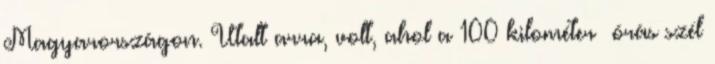
Magyarországon. Utalt arra, volt, ahol a 100 kilométer órás szél